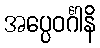
အပ္ပေဝင်္ဂါနိ